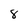
Character: 8